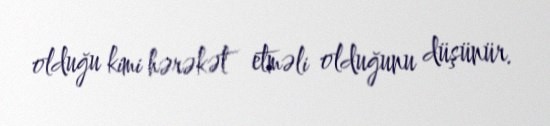
olduğu kimi hərəkət etməli olduğunu düşünür.